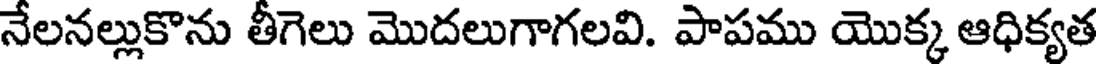
నేలనల్లుకొను తీగెలు మొదలుగాగలవి. పాపము యొక్క ఆధిక్యత